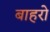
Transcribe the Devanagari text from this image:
बाहरो